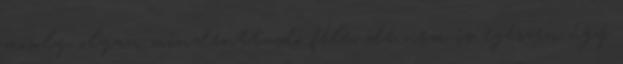
mosoly, olyan mindenttudó féle, de nem is egészen úgy